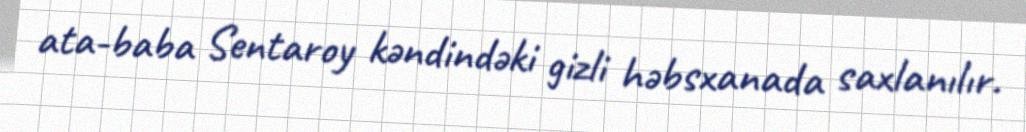
ata-baba Sentaroy kəndindəki gizli həbsxanada saxlanılır.